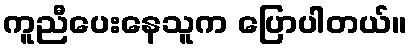
ကူညီပေးနေသူက ပြောပါတယ်။